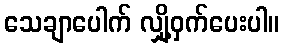
သေချာပေါက် လျှို့ဝှက်ပေးပါ။